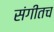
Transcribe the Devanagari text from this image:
संगीतच